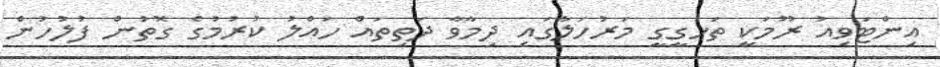
އިންޓަވިއު ރޫމަކީ ތަހުގީގީ މަރުހަލާގައި ދިމާވާ ދަތިތައް ހައްލު ކުރުމުގެ ގޮތުން ފުލުހުން